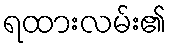
ရထားလမ်း၏